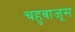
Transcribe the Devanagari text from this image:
चहुबाजूस